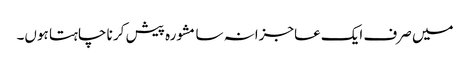
میں صرف ایک عاجزانہ سا مشورہ پیش کر نا چاہتا ہوں۔